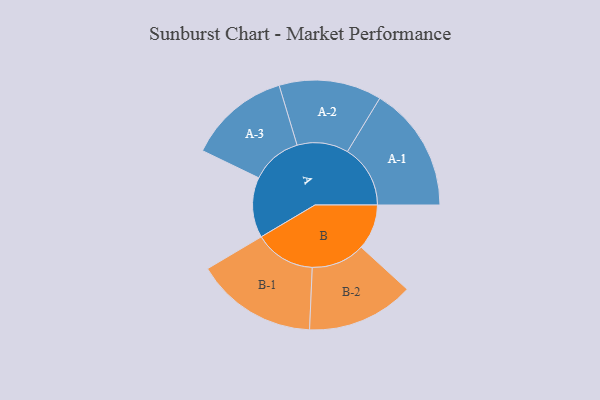
{"axis": {"x": "Segment", "y": "Value"}, "legend": ["", "A", "B"], "data": [{"x": "A", "y": 266, "type": ""}, {"x": "B", "y": 200, "type": ""}, {"x": "A-1", "y": 277, "type": "A"}, {"x": "A-2", "y": 226, "type": "A"}, {"x": "A-3", "y": 224, "type": "A"}, {"x": "B-1", "y": 268, "type": "B"}, {"x": "B-2", "y": 236, "type": "B"}]}